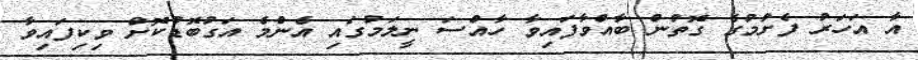
އާ އަހަރު ފެށުމުގެ ގޮތުން ބާއްވާފައިވާ ހާއްސަ ނީލަމުގައި އެންމެ އަގުބޮޑުކޮށް ވިކިފައިވާ